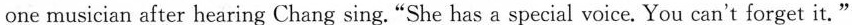
one musician after hearing Chang sing."She has a special voice. You can't forget it."